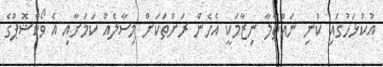
އުކުޅަހުގައި ކުނި ނައްތާލާ ނިޒާމަކީ އެހެން ރަށްތަކަށް މިސާލެއް ކަމަށާއި އެ ވޯކްޝޮޕްގެ